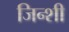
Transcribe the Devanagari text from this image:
जिन्शी